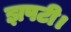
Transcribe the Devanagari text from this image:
झपटी।